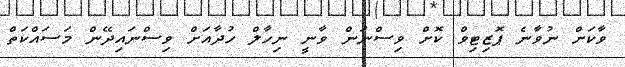
ވާކަށް ނުވާނެ ޕޮޒިޓިވް ކޮށް ވިސްނަން ވާނީ ނިހާލް ހުދާއަށް ވިސްނައިދޭން މަސައްކަތް